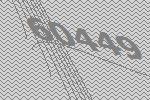
60449